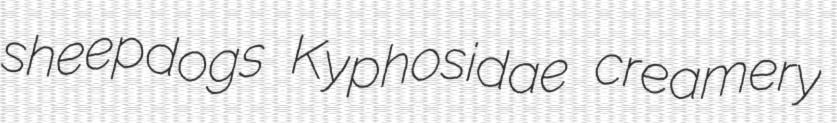
sheepdogs Kyphosidae creamery